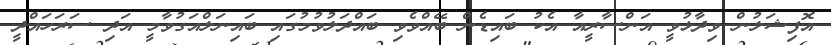
އޮފިޝަލުން ވިދާޅުވީ އަންސާރީއާ އެކު ބައިޑެން ބޭއްވެވި ބައްދަލުވުމުގައި ބައިނަލްއަގުވާމީ އަދި ސަރަހައްދީ